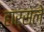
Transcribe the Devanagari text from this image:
हार्सले